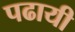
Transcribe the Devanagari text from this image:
पढायी